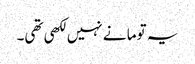
یہ توما نے نہیں لکھی تھی۔